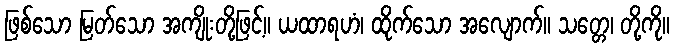
ဖြစ်သော မြတ်သော အကျိုးတို့ဖြင့်။ ယထာရဟံ၊ ထိုက်သော အလျောက်။ သတ္တေ၊ တို့ကို။